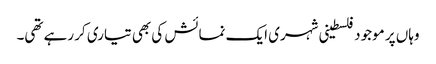
وہاں پر موجود فلسطینی شہری ایک نمائش کی بھی تیاری کر رہے تھی۔